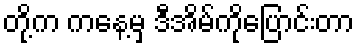
တို့က ကနေ့မှ ဒီအိမ်ကိုပြောင်းတာ